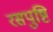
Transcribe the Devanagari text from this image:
रसपुष्टि